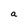
Character: a